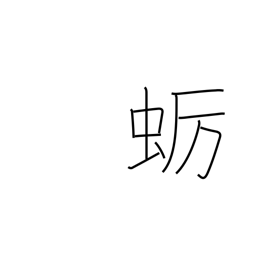
Meaning: oyster